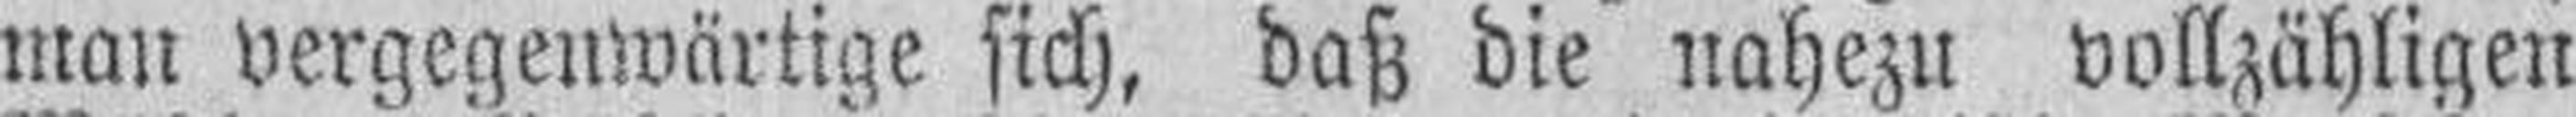
man vergegenwärtige sich, daß die nahezu vollzähligen